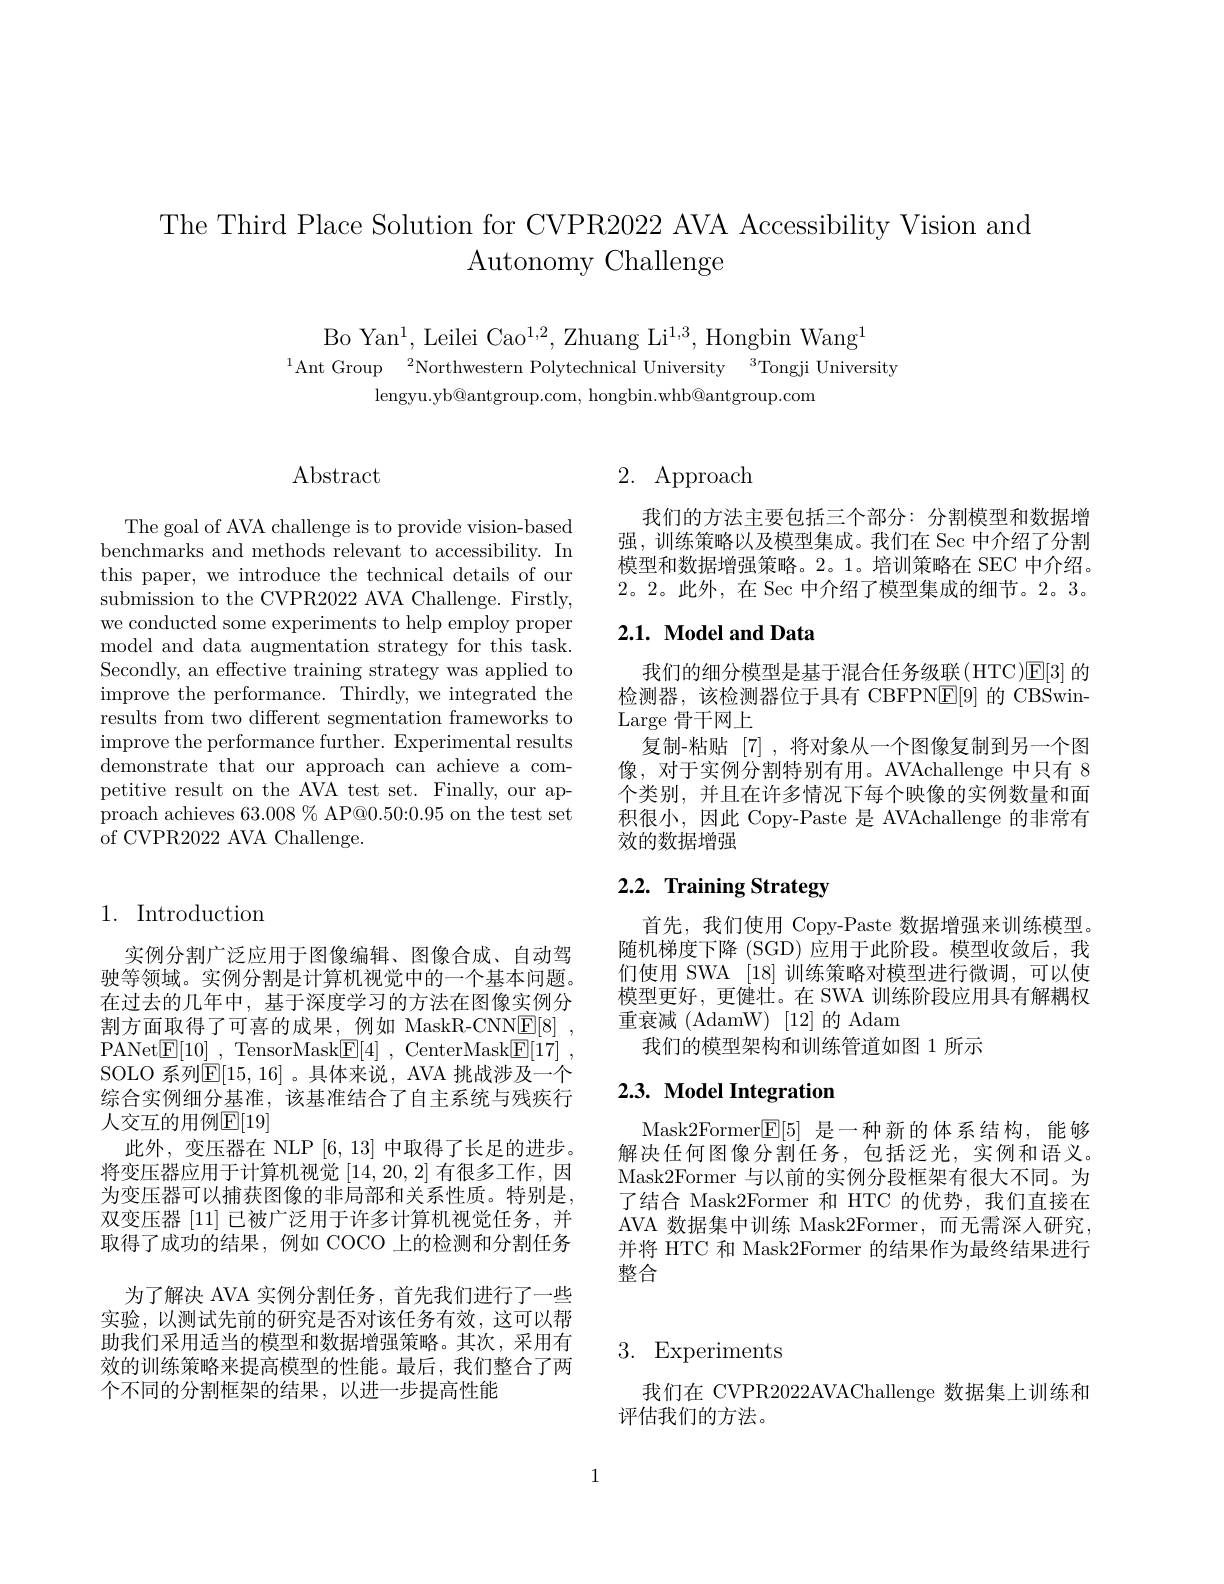
The Third Place Solution for CVPR2022 AVA Accessibility Vision and
Autonomy Challenge

Bo Yan$^1$,Leilei Cao$^1,2$,Zhuang Li$^1,3$,Hongbin Wang$^1$
$^{1}$Ant Group$\:^2$Northwestern Polytechnical University$\:^3$Tongji University
${\mathrm{lengyu.yb@antgroup.com,~hongbin.whb@antgroup.com}}$

# $\operatorname{Abstract}$

The goal of AVA challenge is to provide vision-based benchmarks and methods relevant to accessibility. In this paper, we introduce the technical details of our submission to the CVPR2022 AVA Challenge. Firstly, we conducted some experiments to help employ proper model and data augmentation strategy for this task. Secondly, an effective training strategy was applied to improve the performance. Thirdly, we integrated the results from two different segmentation frameworks to improve the performance further. Experimental results demonstrate that our approach can achieve a competitive result on the AVA test set. Finally, our approach achieves $63.008\%$ AP@0.50:0.95 on the test set of CVPR2022 AVA Challenge.

## 1. Introduction

实例分割广泛应用于图像编辑、图像合成、自动驾驶等领域。实例分割是计算机视觉中的一个基本问题。在过去的几年中，基于深度学习的方法在图像实例分割方面取得了可喜的成果，例如 MaskR-CNNE[8] , PANet$\boxed{\mathrm{F} }[ 10]$ , TensorMask$\boxed{\mathrm{E} }[ 4]$ , CenterMask$\boxed{\mathrm{F} }[ 17]$ , SOLO 系列E[15,16]。具体来说，AVA 挑战涉及一个综合实例细分基准，该基准结合了自主系统与残疾行人交互的用例$\mathbb{E}[19]$
此外，变压器在 NLP [6,13]中取得了长足的进步。将变压器应用于计算机视觉[14,20,2]有很多工作，因为变压器可以捕获图像的非局部和关系性质。特别是， 双变压器[11]已被广泛用于许多计算机视觉任务，并取得了成功的结果，例如 COCO 上的检测和分割任务
为了解决 AVA 实例分割任务，首先我们进行了一些实验，以测试先前的研究是否对该任务有效，这可以帮助我们采用适当的模型和数据增强策略。其次，采用有效的训练策略来提高模型的性能。最后，我们整合了两个不同的分割框架的结果，以进一步提高性能

# 2. Approach

我们的方法主要包括三个部分：分割模型和数据增强，训练策略以及模型集成。我们在 Sec 中介绍了分割模型和数据增强策略。2。1。培训策略在 SEC 中介绍。2。2。此外，在 Sec 中介绍了模型集成的细节。2。3。

### $2. 1. \textbf{ Model and Data}$

我们的细分模型是基于混合任务级联(HTC)$\overline{\mathrm{E}}[3]$的检测器，该检测器位于具有 CBFPN$\underline{\mathrm{E}}[9]$的 CBSwinLarge骨干网上
复制-粘贴[7],将对象从一个图像复制到另一个图像，对于实例分割特别有用。AVAchallenge 中只有 8个类别，并且在许多情况下每个映像的实例数量和面积很小，因此 Copy-Paste 是 AVAchallenge 的非常有效的数据增强

# 2.2. Training Strategy

首先，我们使用 Copy-Paste 数据增强来训练模型。随机梯度下降 (SGD) 应用于此阶段。模型收敛后，我们使用 SWA [18] 训练策略对模型进行微调，可以使模型更好，更健壮。在 SWA 训练阶段应用具有解耦权重衰减(AdamW)[12]的Adam
我们的模型架构和训练管道如图 1 所示

## 2.3. Model Integration

Mask2Former$\boxed{\mathrm{F}}[5]$是一种新的体系结构，能够解决任何图像分割任务，包括泛光，实例和语义。Mask2Former 与以前的实例分段框架有很大不同。为了结合 Mask2Former 和 HTC 的优势，我们直接在AVA 数据集中训练 Mask2Former,而无需深人研究， 并将 HTC 和 Mask2Former 的结果作为最终结果进行整合

## 3. Experiments

我们在 CVPR2022AVAChallenge 数据集上训练和
评估我们的方法。

1